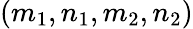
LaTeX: (m_{1},n_{1},m_{2},n_{2})